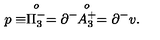
p \equiv \stackrel { o } { \Pi _ { 3 } ^ { - } } = \partial ^ { - } \! \! \stackrel { o } { A _ { 3 } ^ { + } } = \partial ^ { - } v .